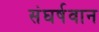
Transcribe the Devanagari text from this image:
संघर्षवान